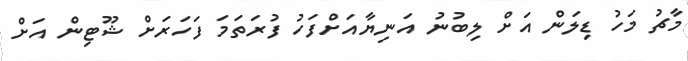
މާޗު މަހު ޑިލަން އަށް ލިބުނު އަނިޔާއަށްފަހު ފުރަތަމަ ފަހަރަށް ޝޫޓިން އަށް